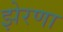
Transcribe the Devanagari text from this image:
झेरणा